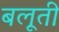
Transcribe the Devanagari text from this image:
बलूती